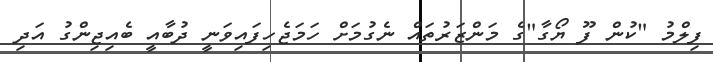
ފިލްމު "ކުން ފޫ ޔޯގާ"ގެ މަންޒަރުތައް ނެގުމަށް ހަމަޖެހިފައިވަނީ ދުބާއީ ބެއިޖިންގު އަދި